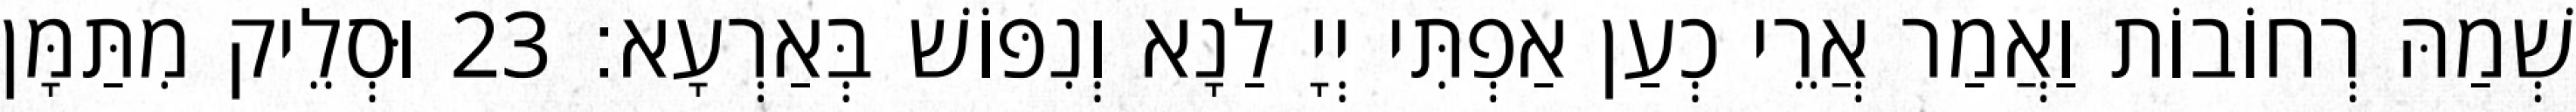
שְׁמַהּ רְחוֹבוֹת וַאֲמַר אֲרֵי כְעַן אַפְתִּי יְיָ לַנָא וְנִפּוֹשׁ בְּאַרְעָא׃ 23 וּסְלֵיק מִתַּמָּן